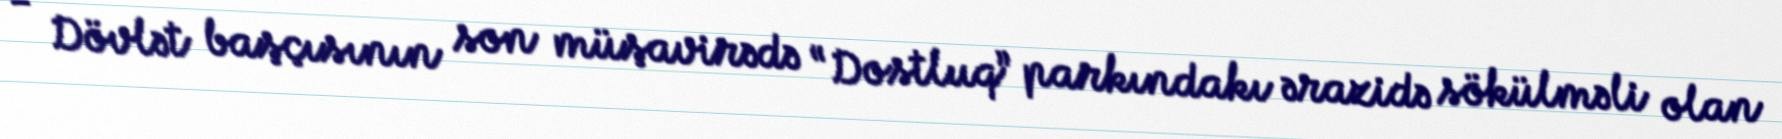
- Dövlət başçısının son müşavirədə “Dostluq” parkındakı ərazidə sökülməli olan